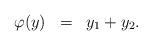
LaTeX: \begin{align*} \begin{array}{llll} \varphi(y)&=& y_1+y_2. \end{array} \end{align*}